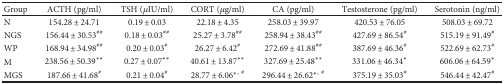
<table><thead><tr><td><b>Group</b></td><td><b>ACTH (pg/ml)</b></td><td><b>TSH (<i>μ</i>IU/ml)</b></td><td><b>CORT (<i>μ</i>g/ml)</b></td><td><b>CA (pg/ml)</b></td><td><b>Testosterone (pg/ml)</b></td><td><b>Serotonin (ng/ml)</b></td></tr></thead><tbody><tr><td>N</td><td>154.28 ± 24.71</td><td>0.19 ± 0.03</td><td>22.18 ± 4.35</td><td>258.03 ± 39.97</td><td>420.53 ± 76.05</td><td>508.03 ± 69.72</td></tr><tr><td>NGS</td><td>156.44 ± 30.53<sup>##</sup></td><td>0.18 ± 0.03<sup>##</sup></td><td>25.27 ± 3.78<sup>##</sup></td><td>258.94 ± 38.43<sup>##</sup></td><td>427.69 ± 86.54<sup>#</sup></td><td>515.19 ± 91.49<sup>#</sup></td></tr><tr><td>WP</td><td>168.94 ± 34.98<sup>##</sup></td><td>0.20 ± 0.03<sup>#</sup></td><td>26.27 ± 6.42<sup>#</sup></td><td>272.69 ± 41.88<sup>##</sup></td><td>387.69 ± 46.36<sup>#</sup></td><td>522.69 ± 62.73<sup>#</sup></td></tr><tr><td>M</td><td>238.56 ± 50.39<sup>∗∗</sup></td><td>0.27 ± 0.07<sup>∗∗</sup></td><td>40.61 ± 13.87<sup>∗∗</sup></td><td>327.69 ± 25.48<sup>∗∗</sup></td><td>331.06 ± 46.34<sup>∗</sup></td><td>606.06 ± 64.59<sup>∗</sup></td></tr><tr><td>MGS</td><td>187.66 ± 41.68<sup>#</sup></td><td>0.21 ± 0.04<sup>#</sup></td><td>28.77 ± 6.06<sup>∗</sup><sup>, #</sup></td><td>296.44 ± 26.62<sup>∗</sup><sup>, #</sup></td><td>375.19 ± 35.03<sup>#</sup></td><td>546.44 ± 42.47<sup>#</sup></td></tr></tbody></table>